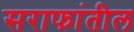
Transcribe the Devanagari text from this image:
सराफांतील